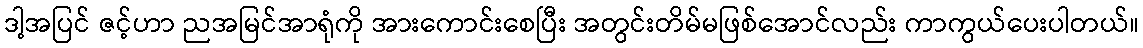
ဒါ့အပြင် ဇင့်ဟာ ညအမြင်အာရုံကို အားကောင်းစေပြီး အတွင်းတိမ်မဖြစ်အောင်လည်း ကာကွယ်ပေးပါတယ်။